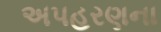
અપહરણના